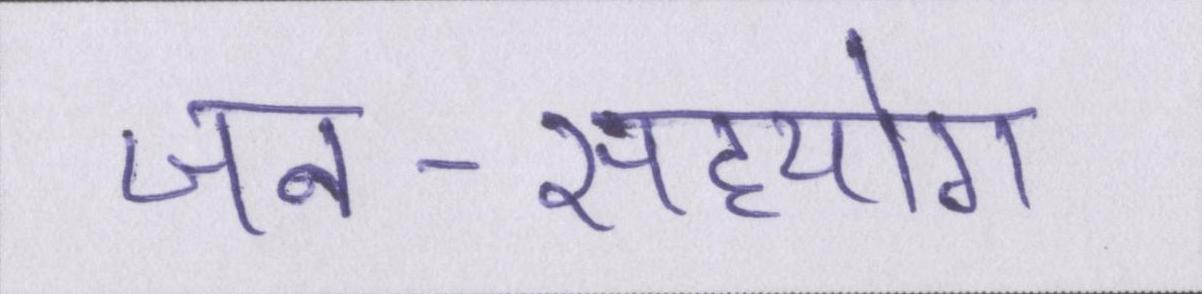
जन-सहयोग